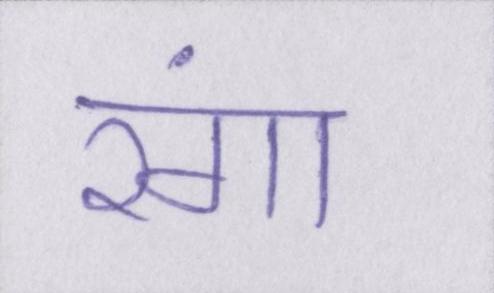
रंगा